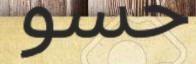
حسو